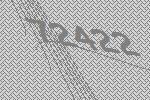
72422